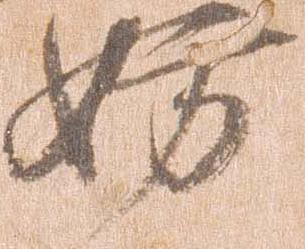
妨